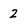
Character: 2